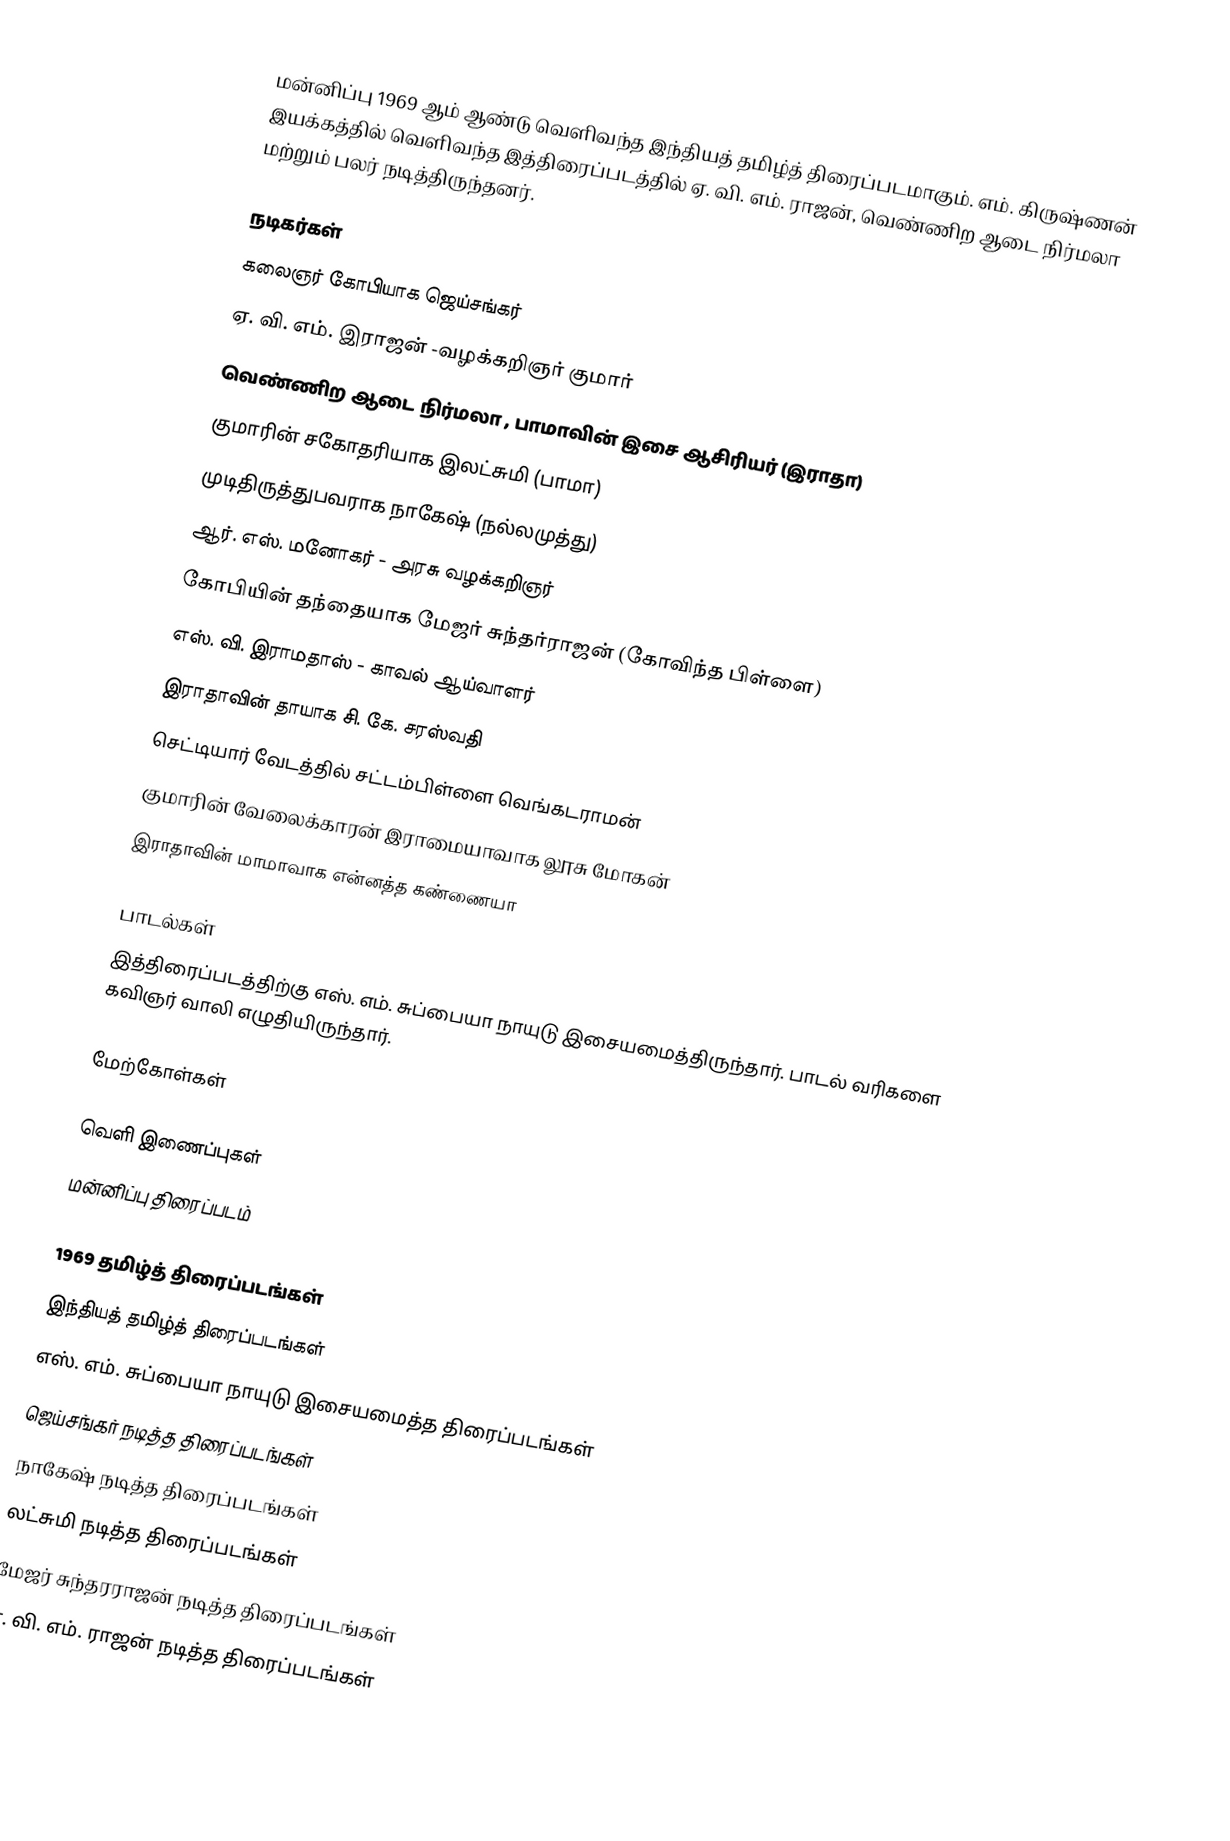
மன்னிப்பு 1969 ஆம் ஆண்டு வெளிவந்த இந்தியத் தமிழ்த் திரைப்படமாகும். எம். கிருஷ்ணன் இயக்கத்தில் வெளிவந்த இத்திரைப்படத்தில் ஏ. வி. எம். ராஜன், வெண்ணிற ஆடை நிர்மலா மற்றும் பலர் நடித்திருந்தனர்.

நடிகர்கள்
 கலைஞர் கோபியாக ஜெய்சங்கர்
 ஏ. வி. எம். இராஜன் -வழக்கறிஞர் குமார்
 வெண்ணிற ஆடை நிர்மலா , பாமாவின் இசை ஆசிரியர் (இராதா)
 குமாரின் சகோதரியாக  இலட்சுமி (பாமா)
 முடிதிருத்துபவராக நாகேஷ் (நல்லமுத்து)
 ஆர். எஸ். மனோகர் - அரசு வழக்கறிஞர்
 கோபியின் தந்தையாக மேஜர் சுந்தர்ராஜன் (கோவிந்த பிள்ளை)
 எஸ். வி. இராமதாஸ் - காவல் ஆய்வாளர்
 இராதாவின் தாயாக சி. கே. சரஸ்வதி
 செட்டியார் வேடத்தில் சட்டம்பிள்ளை வெங்கடராமன்
 குமாரின் வேலைக்காரன் இராமையாவாக லூசு மோகன்
 இராதாவின் மாமாவாக என்னத்த கண்ணையா

பாடல்கள்
இத்திரைப்படத்திற்கு எஸ். எம். சுப்பையா நாயுடு இசையமைத்திருந்தார். பாடல் வரிகளை கவிஞர் வாலி எழுதியிருந்தார்.

மேற்கோள்கள்

வெளி இணைப்புகள்
 மன்னிப்பு திரைப்படம்

1969 தமிழ்த் திரைப்படங்கள்
இந்தியத் தமிழ்த் திரைப்படங்கள்
எஸ். எம். சுப்பையா நாயுடு இசையமைத்த திரைப்படங்கள்
ஜெய்சங்கர் நடித்த திரைப்படங்கள்
நாகேஷ் நடித்த திரைப்படங்கள்
லட்சுமி நடித்த திரைப்படங்கள்
மேஜர் சுந்தரராஜன் நடித்த திரைப்படங்கள்
ஏ. வி. எம். ராஜன் நடித்த திரைப்படங்கள்